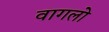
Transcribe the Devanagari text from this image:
वागलो